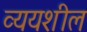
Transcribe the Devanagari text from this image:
व्ययशील